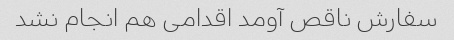
سفارش ناقص آومد اقدامی هم انجام نشد